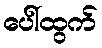
ပေါ်ထွက်